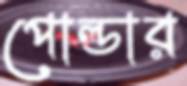
পোল্ডার